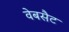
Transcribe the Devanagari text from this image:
वेबसैट